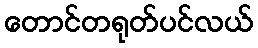
တောင်တရုတ်ပင်လယ်